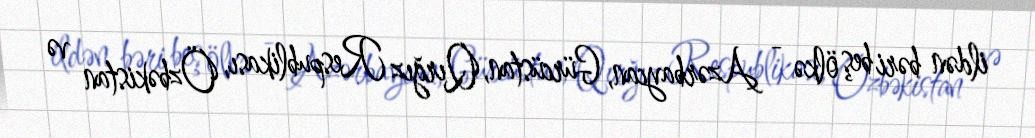
ildən bəri beş ölkə - Azərbaycan, Gürcüstan, Qırğız Respublikası, Özbəkistan və